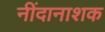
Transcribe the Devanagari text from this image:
नींदानाशक